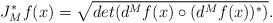
LaTeX: \begin{align*} J_{M}^{*}f(x)= \sqrt{det(d^{M}f(x) \circ (d^{M}f(x))^{*} ) }.\end{align*}